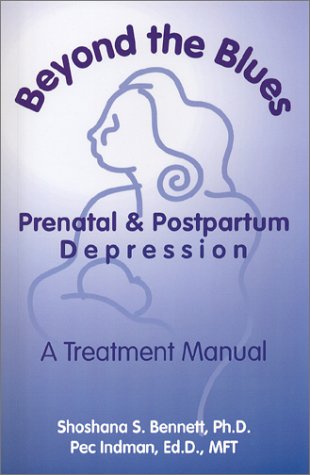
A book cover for Beyond The Blues: Prenatal and Postpartum Depression, A Treatment Manual; Shoshana Bennett; Health, Fitness & Dieting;